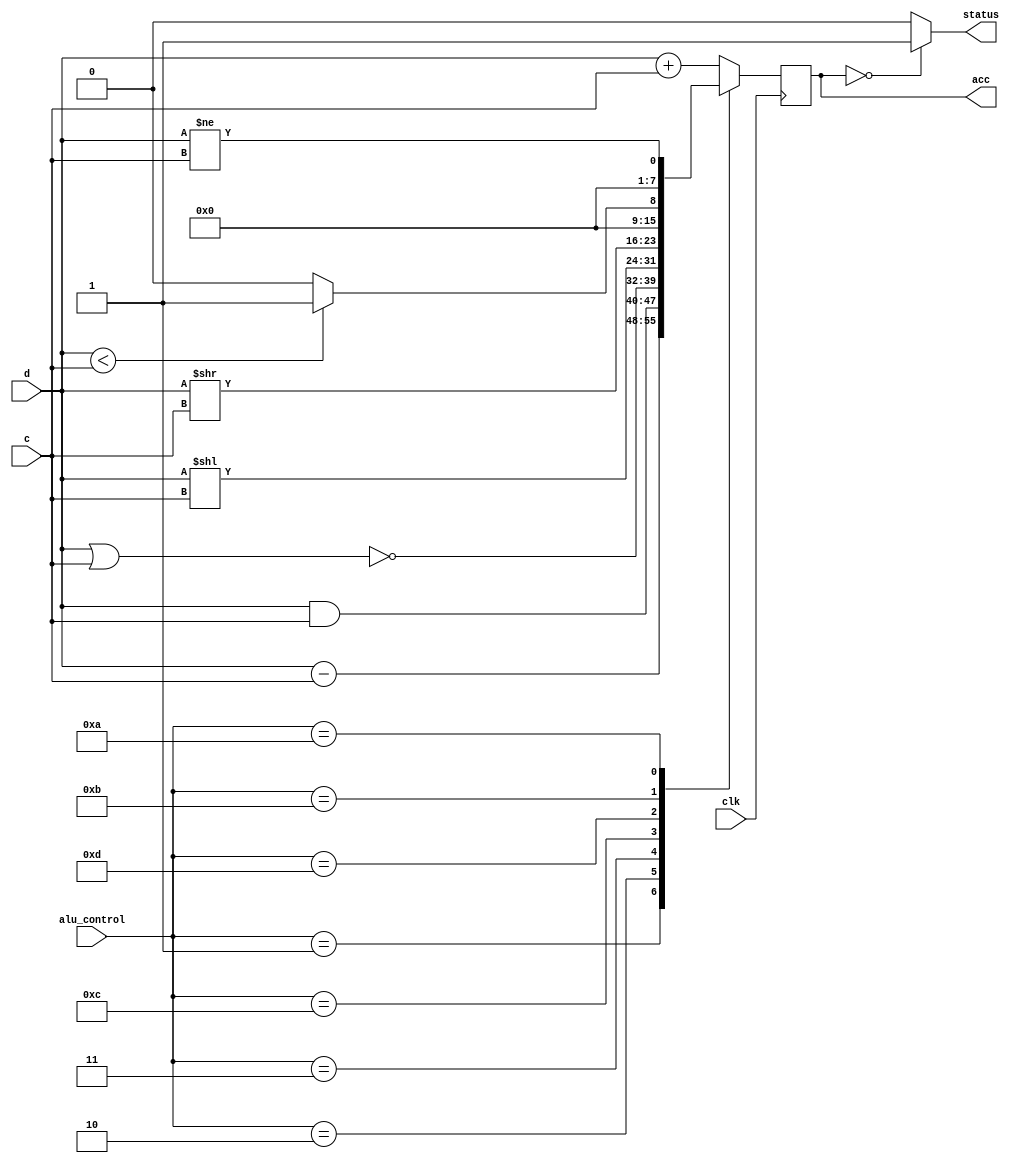
module alu(clk,c,d,alu_control,acc,status);      
      input clk;
		input [7:0]     c;           
      input [7:0]     d;           
      input [3:0]     alu_control;      
      output reg [7:0] acc;                 
      output status; 
     
always @(posedge clk)  
 begin   
      case(alu_control)  
      4'b0000: acc = d + c; // add  
      4'b0001: acc = d - c; // sub  
      4'b0010: acc = d & c; // and  
      4'b0011: acc = ~(d | c); // nor  
      4'b1100: acc = (d << c); // shift left 
		4'b1101: acc = (d >> c); // shift right
		4'b1011: begin 
						if (d<c) acc = 8'b1;  
                  else acc = 8'b0;  
               end  //bltz
		4'b1010: acc = (d!=c); // bne 					
      default:acc = d + c; // add  
      endcase  
 end  
assign status = (acc==8'b0) ? 1'b1: 1'b0;  
endmodule